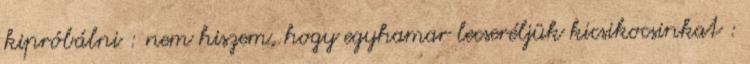
kipróbálni : nem hiszem, hogy egyhamar lecseréljük kicsikocsinkat :